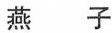
燕子